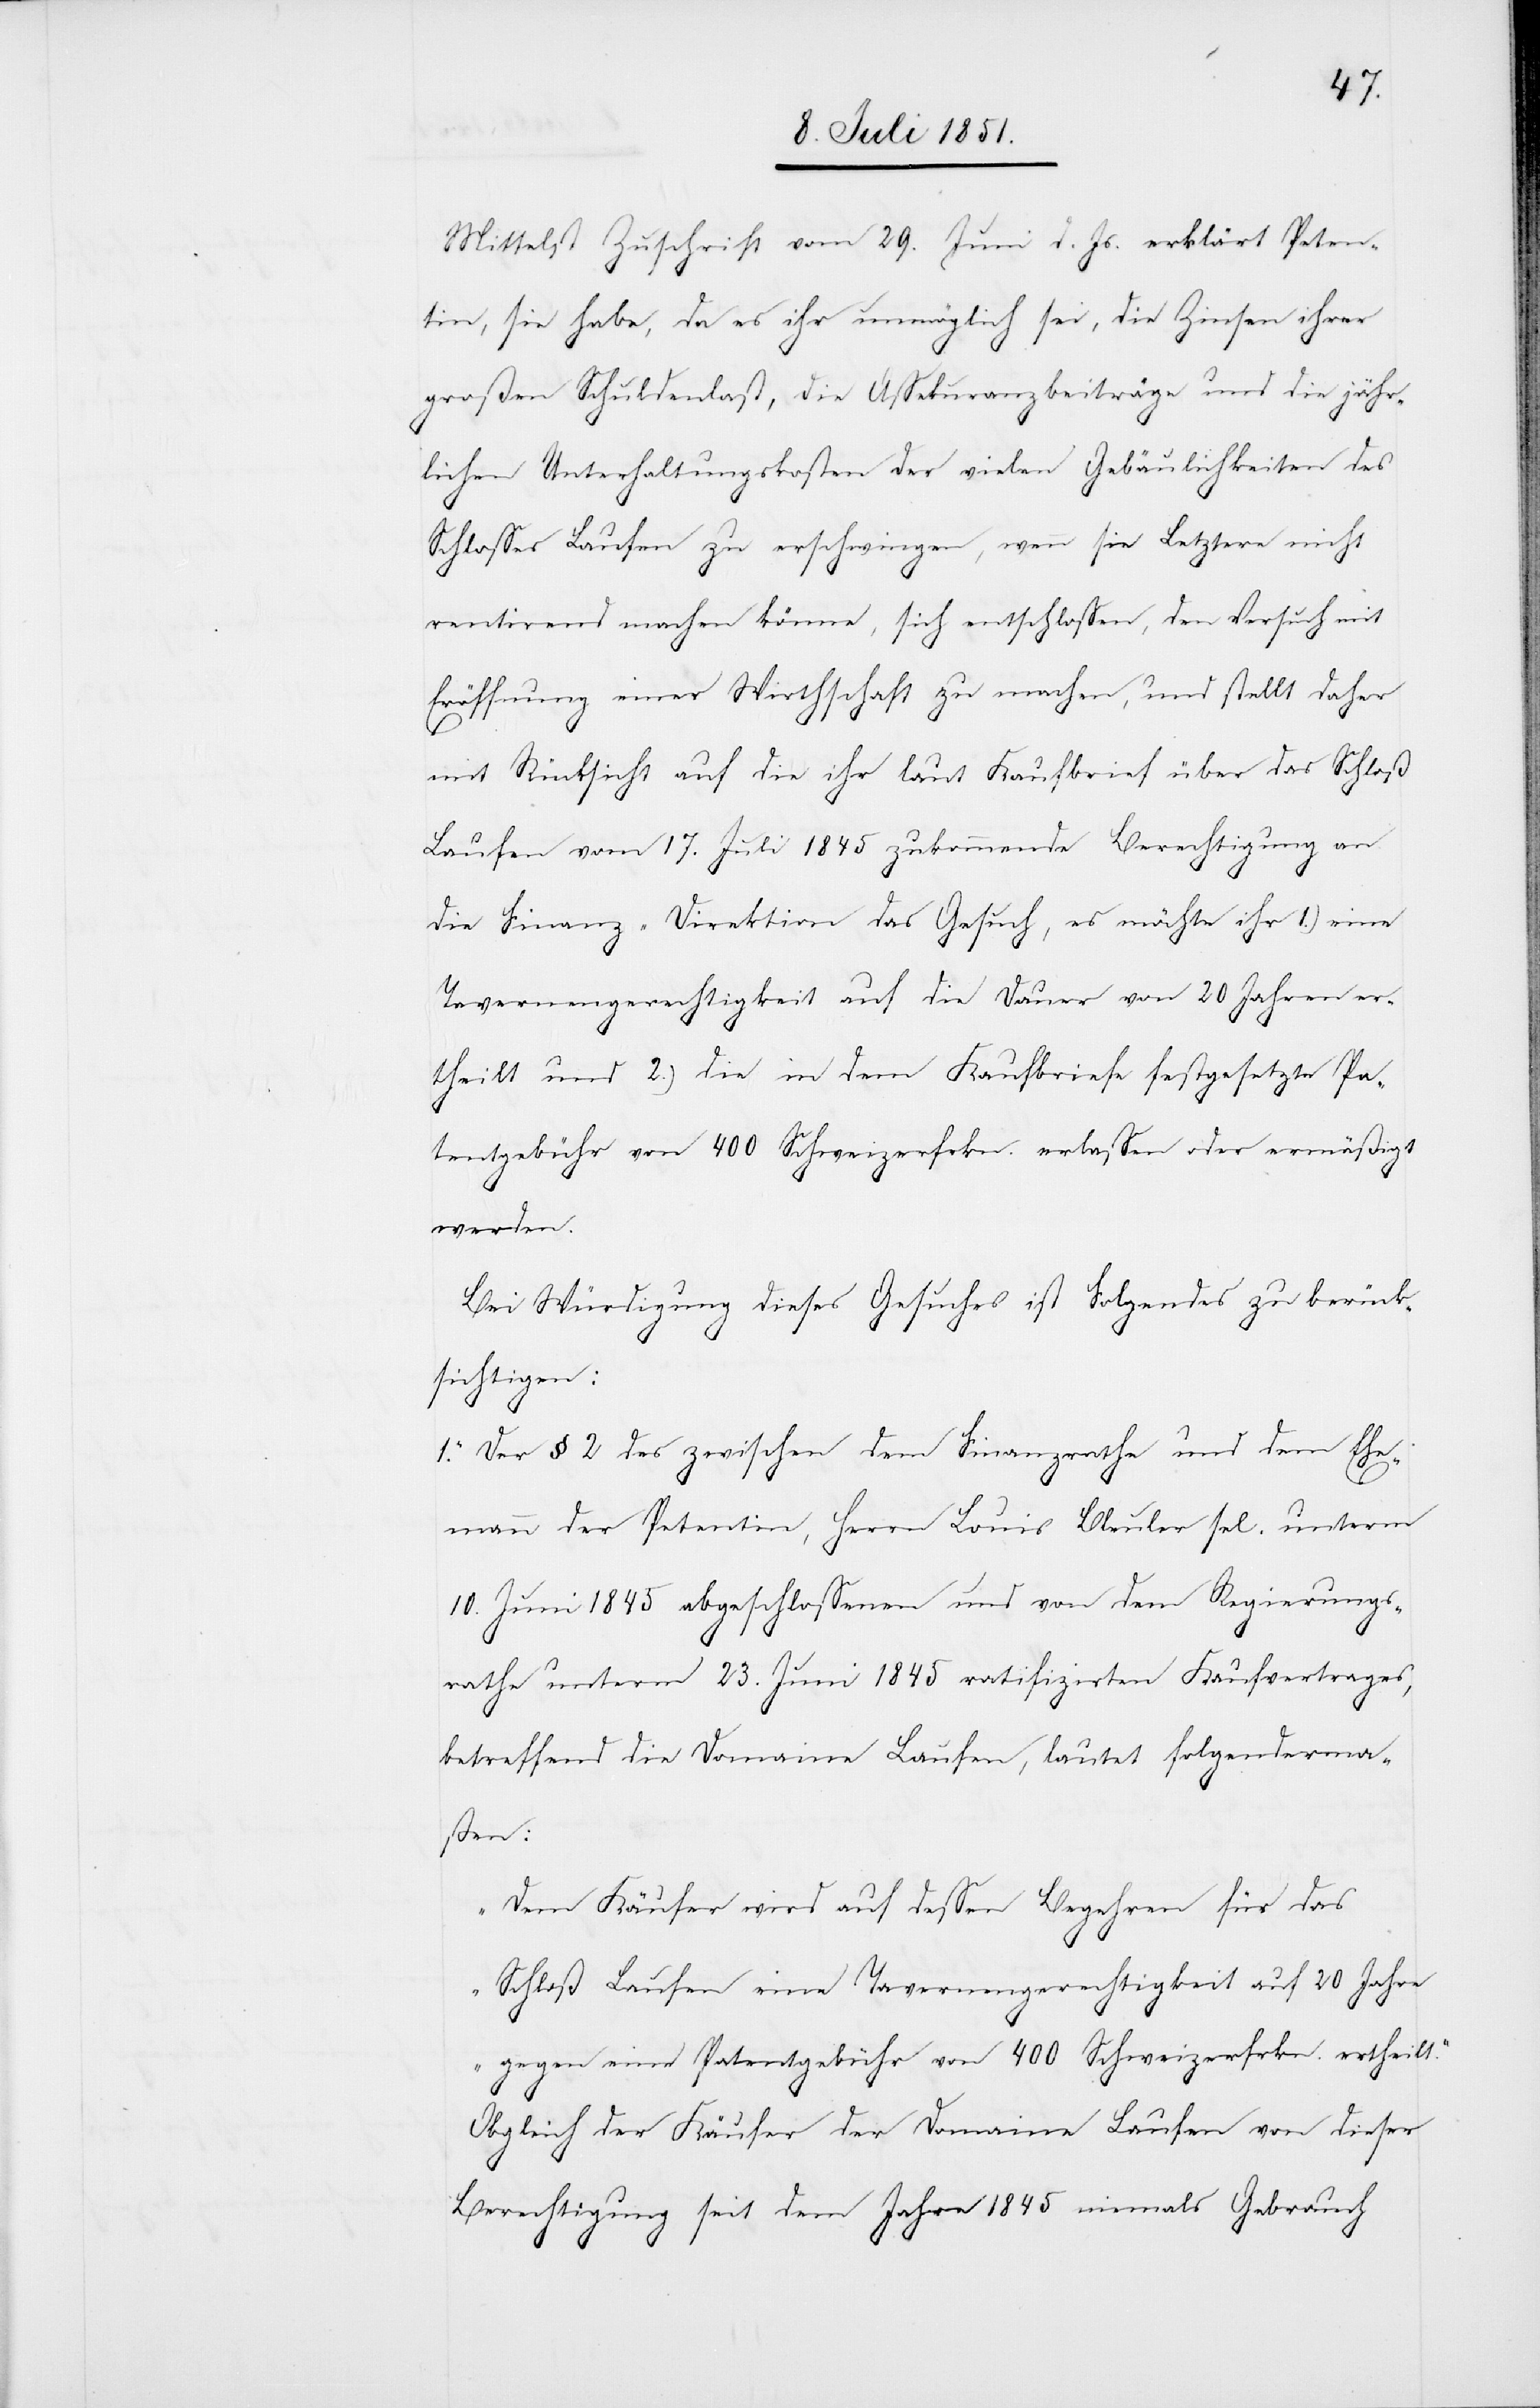
Mittelst Zuschrift vom 29. Juni d. Js. erklärt Peten¬
tin, sie habe, da es ihr unmöglich sei, die Zinsen ihrer
großen Schuldenlast, die Assekuranzbeiträge und die jähr¬
lichen Unterhaltungskosten der vielen Gebäulichkeiten des
Schlosses Laufen zu erschwingen, wenn sie Letztere nicht
rentirend machen könne, sich entschlossen, den Versuch mit
Eröffnung einer Wirthschaft zu machen, und stellt daher
mit Rücksicht auf die ihr laut Kaufbrief über das Schloß
Laufen vom 17. Juli 1845 zukommende Berechtigung an
die Finanz-Direktion das Gesuch, es möchte ihr 1.) eine
Tavernengerechtigkeit auf die Dauer von 20 Jahren er¬
theilt und 2.) die in dem Kaufbriefe festgesetzte Pa¬
tentgebühr von 400 Schweizerfrkn. erlassen oder ermäßigt
werden.
Bei Würdigung dieses Gesuches ist Folgendes zu berück¬
sichtigen:
1. Der § 2 des zwischen dem Finanzrathe und dem Ehe¬
mann der Petentin, Herrn Louis Bleuler sel. unterm
10. Juni 1845 abgeschlossenen und von dem Regierungs¬
rathe unterm 23. Juni 1845 ratifizirten Kaufvertrages,
betreffend die Domaine Laufen, lautet folgenderma¬
ßen:
„Dem Käufer wird auf dessen Begehren für das
Schloß Laufen eine Tavernengerechtigkeit auf 20 Jahre
gegen eine Patentgebühr von 400 Schweizerfrkn. ertheilt.“
Obgleich der Käufer der Domaine Laufen von dieser
Berechtigung seit dem Jahre 1845 niemals Gebrauch